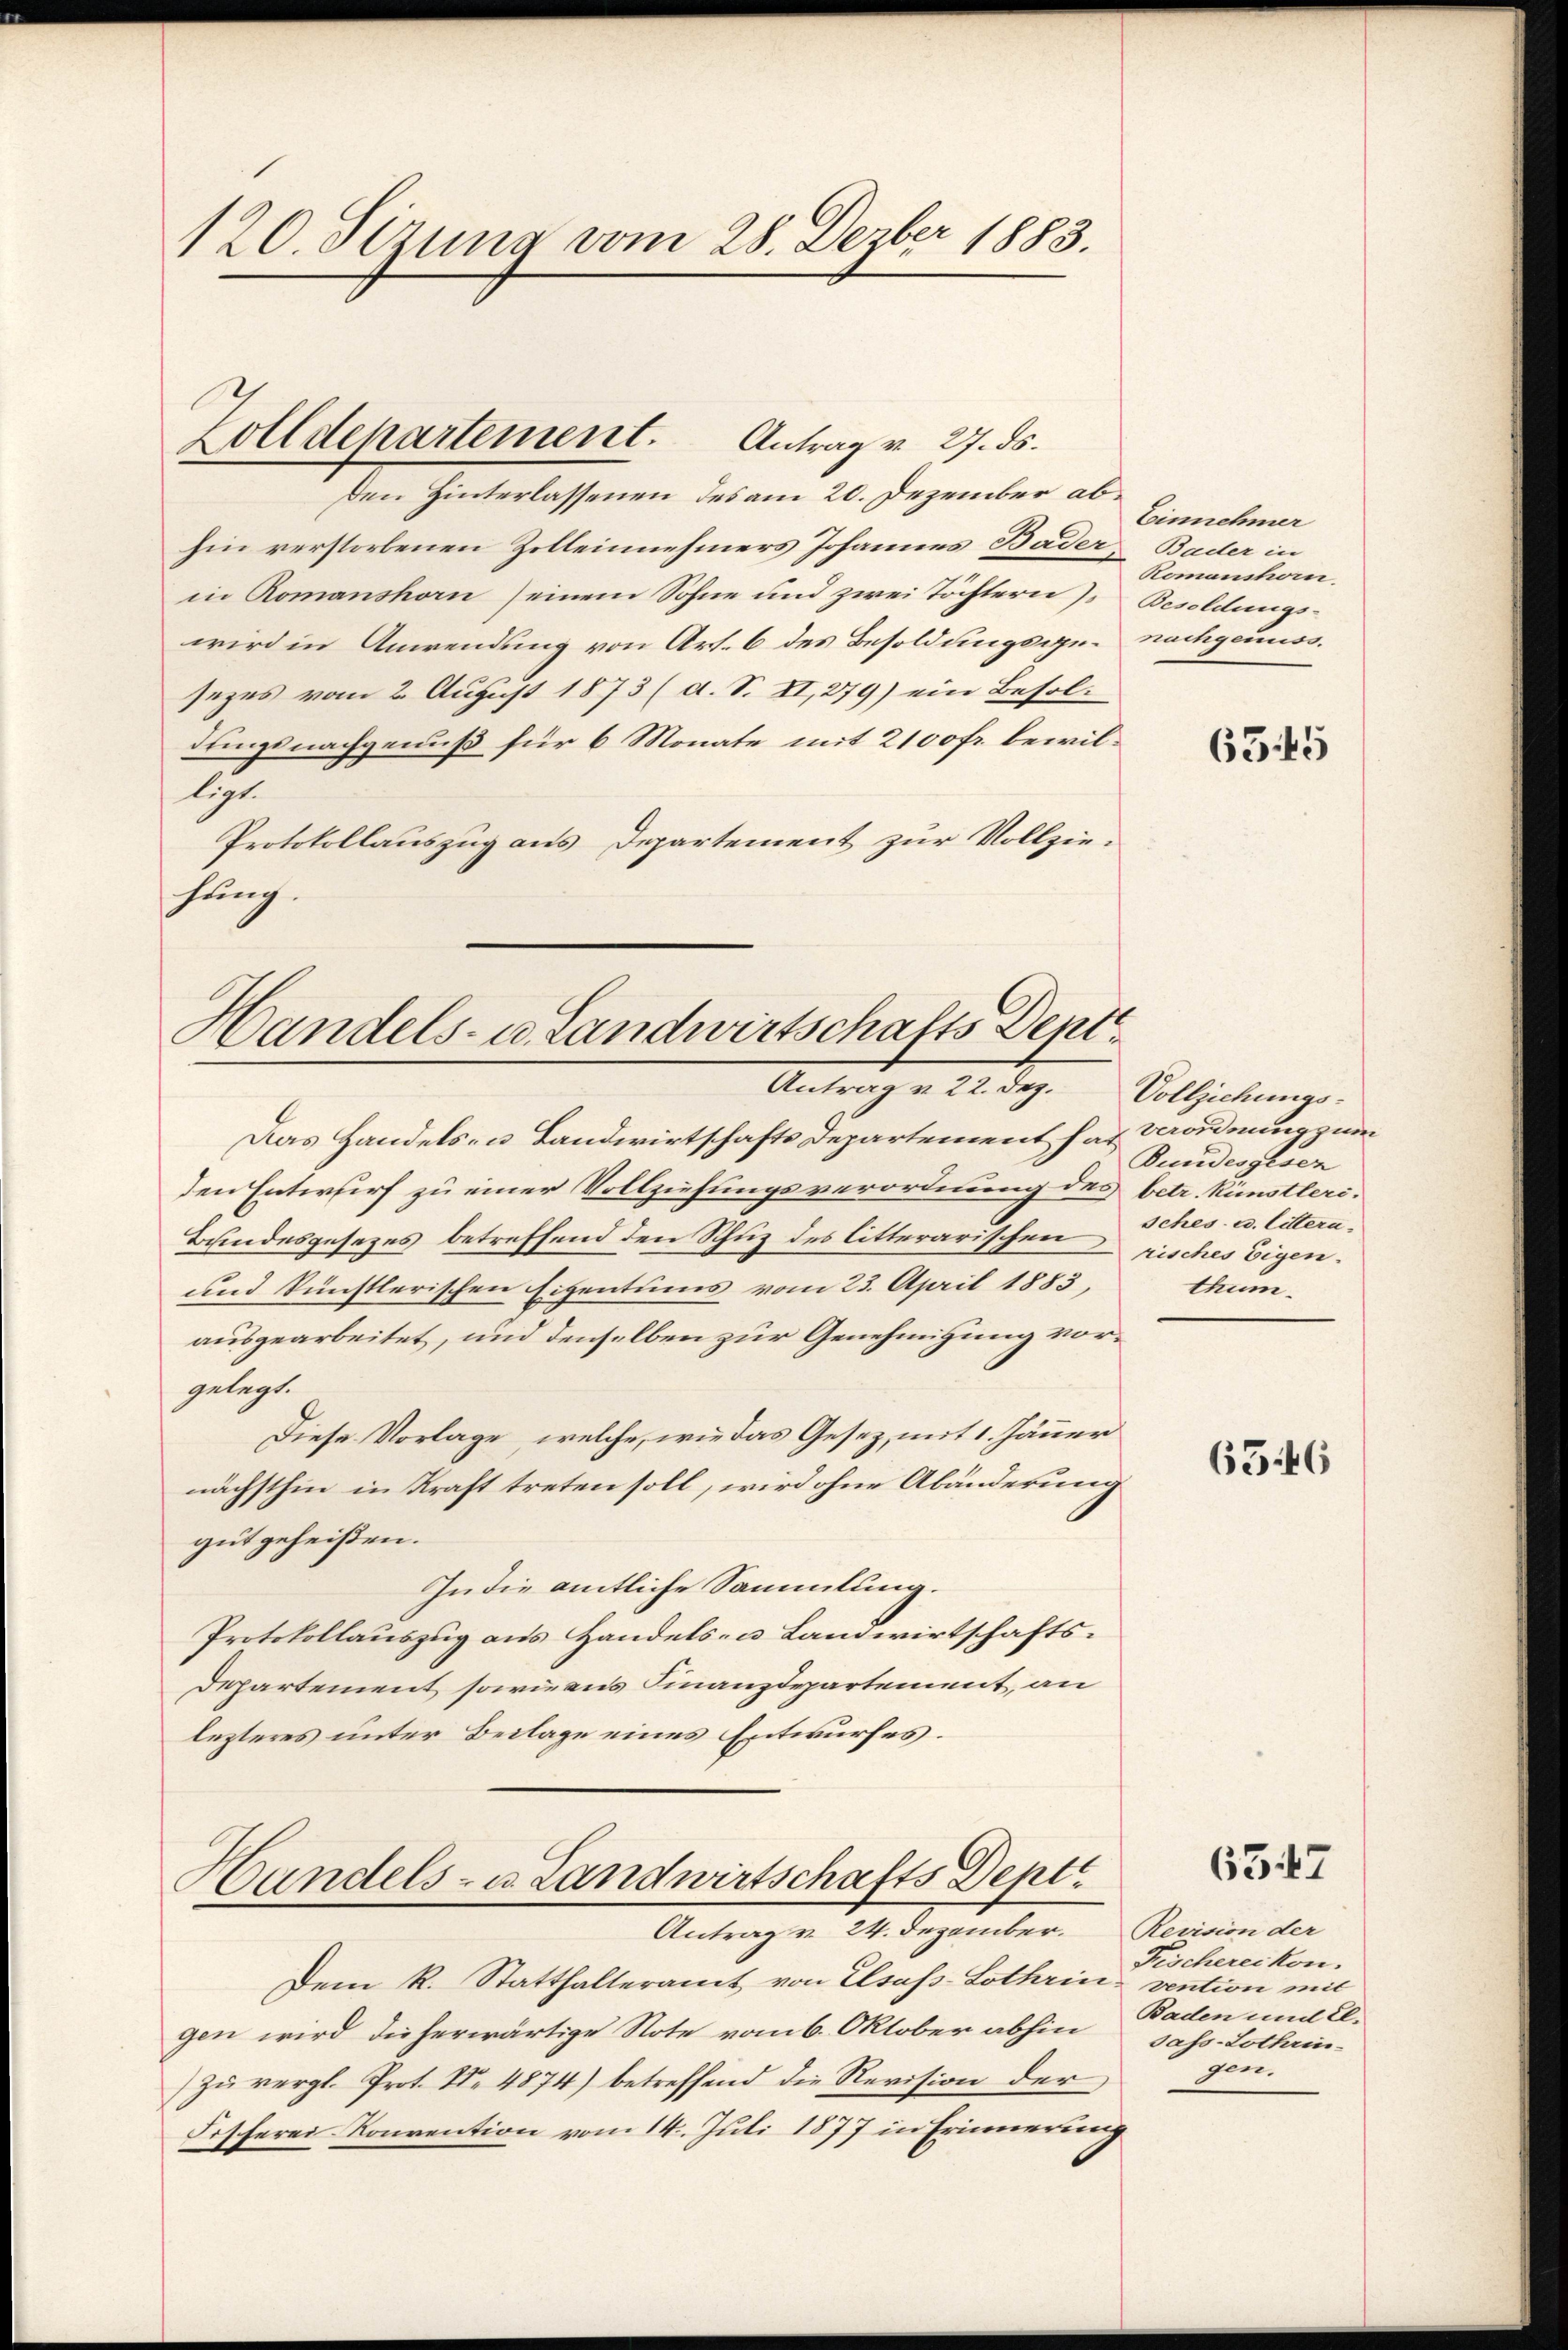
120. Sezung vom 28. Dezber 1883.

den Hinterlassenen des am 20. Dezember abhin verstorbenen Zelleinehmers Johannes Bader
in Romanshorn einem Sohne und zwei Töchtern Besoldungs-
wird in Anwendung von Art. 6 des Besoldungsge- nachgenuss.
sezes vom 2. August 1873 (d. S. II, 279) ein Besoldungsnachgenuß für 6 Monate mit 2100 fr. bewilligt.
Protokollauszug aus Departement zur Vollzie-
hung.

Zolldepartement. Antrag v. 27. ds.

Dem R. Statthalteramt von Elsass-Lothrin- vention mit
gen wird dieherwärtige Note vom 6. Oktober abhin
zŭ vergl. Prot. Nr. 4874) betreffend die Revision der
Fescherei Konvention vom 14. Juli 1877 in Erinnerung

Handels- u. Landwirtschafts Dept.
Antrag u. 22. Dez. Vollziehungs-

Das Handels- u. Landwirtschafts Departement hat Verordnung zum
den Entwurf zu einer Vollziehungsverordnung des betr. Künstleri¬
Bundesgesezes betreffend den Schuz des litterarischen risches Eigen¬
und künstlerischen Eigentums vom 23. April 1883,
ausgearbeitet, und denselben zur Genehmigung vorgelegt.
Diese Vorlage, welche, wie das Gesetz, mit 1. Jänner
nächsthin in Kraft treten soll, wird ohne Abänderung
gut geheißen.
In die amtliche Sammlung.
Protokollauszug aus Handels- u. Landwirtschafts¬
Departement sowie aus Finanzdepartement, an
lezteres unter Beilage eines Entwurfes.

Handels- u. Landwirtschafts Dept
Antrag v. 24. Dezember.

Einnehmer
Bader in
Romanshorn.

6345

Bundesgesen
sches u. littern.
thum.

6546

637

Revision der
Fischereikon.
Baden und El.
sass-Lothrin-
gen.